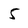
Character: 5